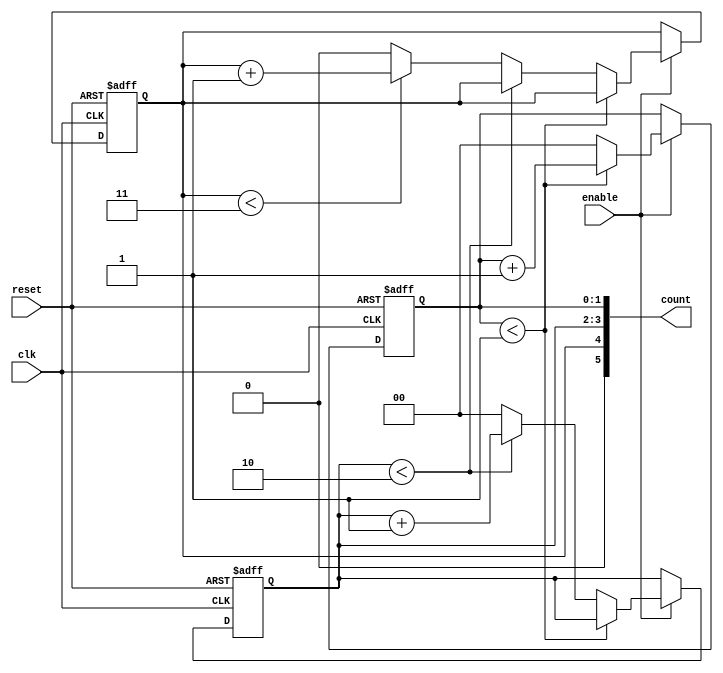
module mixed_radix_counter (
    input wire clk,              // Clock input
    input wire reset,            // Asynchronous reset
    input wire enable,           // Enable signal
    output reg [5:0] count       // Output count (adjust width as needed)
);

    // Define the maximum values for each digit based on the radix
    localparam RADIX_1 = 2;     // Base 2
    localparam RADIX_2 = 3;     // Base 3
    localparam RADIX_3 = 4;     // Base 4

    // Internal registers for each digit
    reg [1:0] digit1;            // 2 bits for base 2
    reg [1:0] digit2;            // 2 bits for base 3
    reg [1:1] digit3;            // 2 bits for base 4

    // Count logic
    always @(posedge clk or posedge reset) begin
        if (reset) begin
            // Reset all digits to zero
            digit1 <= 0;
            digit2 <= 0;
            digit3 <= 0;
        end else if (enable) begin
            // Increment the least significant digit
            if (digit1 < RADIX_1 - 1) begin
                digit1 <= digit1 + 1;
            end else begin
                digit1 <= 0; // Reset digit1
                // Increment the next digit
                if (digit2 < RADIX_2 - 1) begin
                    digit2 <= digit2 + 1;
                end else begin
                    digit2 <= 0; // Reset digit2
                    // Increment the next digit
                    if (digit3 < RADIX_3 - 1) begin
                        digit3 <= digit3 + 1;
                    end else begin
                        digit3 <= 0; // Reset digit3
                    end
                end
            end
        end
    end

    // Combine digits into a single output count
    always @(*) begin
        count = {digit3, digit2, digit1}; // Concatenate digits for output
    end

endmodule